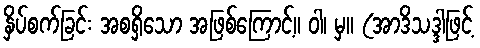
နှိပ်စက်ခြင်း အစရှိသော အဖြစ်ကြောင့်။ ဝါ၊ မှ။ (အာဒိသဒ္ဒါဖြင့်